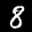
Label: 8